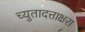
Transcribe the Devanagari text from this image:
च्युतादत्ताक्षरा